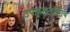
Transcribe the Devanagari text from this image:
उपकुलपतित्व